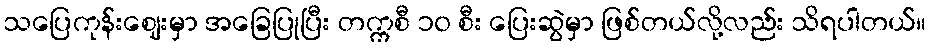
သပြေကုန်းဈေးမှာ အခြေပြုပြီး တက္ကစီ ၁၀ စီး ပြေးဆွဲမှာ ဖြစ်တယ်လို့လည်း သိရပါတယ်။